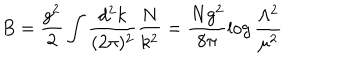
B = \frac { g ^ { 2 } } { 2 } \int \frac { d ^ { 2 } k } { ( 2 \pi ) ^ { 2 } } \frac { N } { k ^ { 2 } } = \frac { N g ^ { 2 } } { 8 \pi } \log { \frac { \Lambda ^ { 2 } } { \mu ^ { 2 } } }